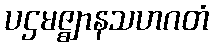
ပဌမဇ္ဈာနသဟဂတံ